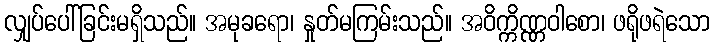
လျှပ်ပေါ်ခြင်းမရှိသည်။ အမုခရော၊ နှုတ်မကြမ်းသည်။ အဝိက္ကိဏ္ဏဝါစော၊ ဖရိုဖရဲသော